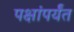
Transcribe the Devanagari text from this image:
पक्षांपर्यंत